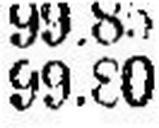
99.80